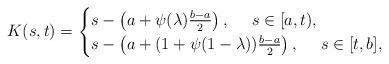
LaTeX: \begin{align*}K(s, t)=\begin{cases}s-\left(a+\psi(\lambda)\frac{b-a}{2}\right), ~~~~s\in[a, t),\\s-\left(a+(1+\psi(1-\lambda))\frac{b-a}{2}\right), ~~~~s\in[t, b],\end{cases}\end{align*}